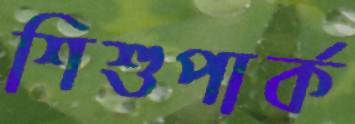
শিশুপার্ক